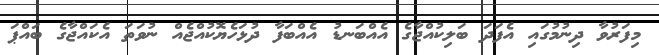
މިފަރުވާ ދިނުމުގައި އެފަދަ ބަލިކުއްޖާގެ އެއްބަނޑު އެއްބަފާ ދުޅަހެޔޮކުއްޖެއް ނުވަތަ އެކައްޖާގެ ބައްޕަ